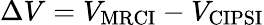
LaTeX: \Delta V=V_{\textrm{MRCI}}-V_{\textrm{CIPSI}}